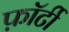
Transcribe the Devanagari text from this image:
फ़ॉर्टी